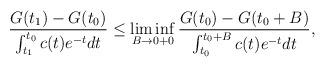
LaTeX: \begin{align*}\frac{G(t_1)-G(t_0)}{\int^{t_0}_{t_1} c(t)e^{-t}dt}\leq\liminf\limits_{B \to0+0}\frac{G(t_0)-G(t_0+B)}{\int_{t_0}^{t_0+B}c(t)e^{-t}dt},\end{align*}